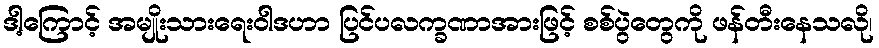
ဒါ့ကြောင့် အမျိုးသားရေးဝါဒဟာ ပြင်ပလက္ခဏာအားဖြင့် စစ်ပွဲတွေကို ဖန်တီးနေသလို၊